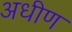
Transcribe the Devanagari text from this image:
अधीण